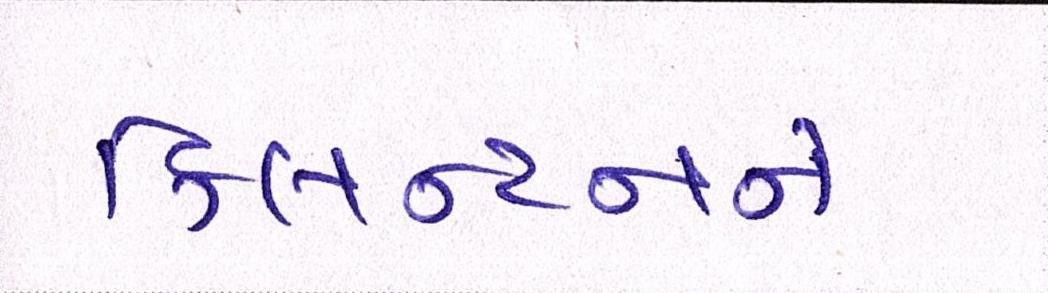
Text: ક્લિન્ટનને